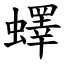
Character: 蠌